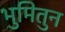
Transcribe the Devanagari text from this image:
भुमितुन